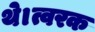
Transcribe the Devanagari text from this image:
थे।त्वरक